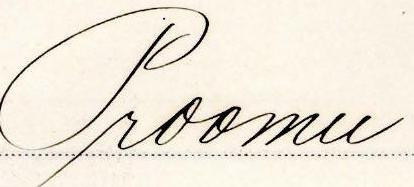
Proomu